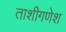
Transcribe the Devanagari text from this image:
ताशीगणेश